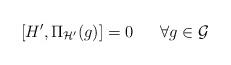
LaTeX: \begin{align*}[H' , \Pi _{\cal H'} (g) ] = 0 \ \ \ \ \ \forall g\in {\cal G} \end{align*}